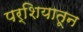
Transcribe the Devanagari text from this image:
पर्शियातून